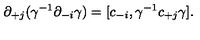
\partial _ { + j } ( \gamma ^ { - 1 } \partial _ { - i } \gamma ) = [ c _ { - i } , \gamma ^ { - 1 } c _ { + j } \gamma ] .